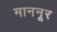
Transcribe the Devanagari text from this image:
माननूर